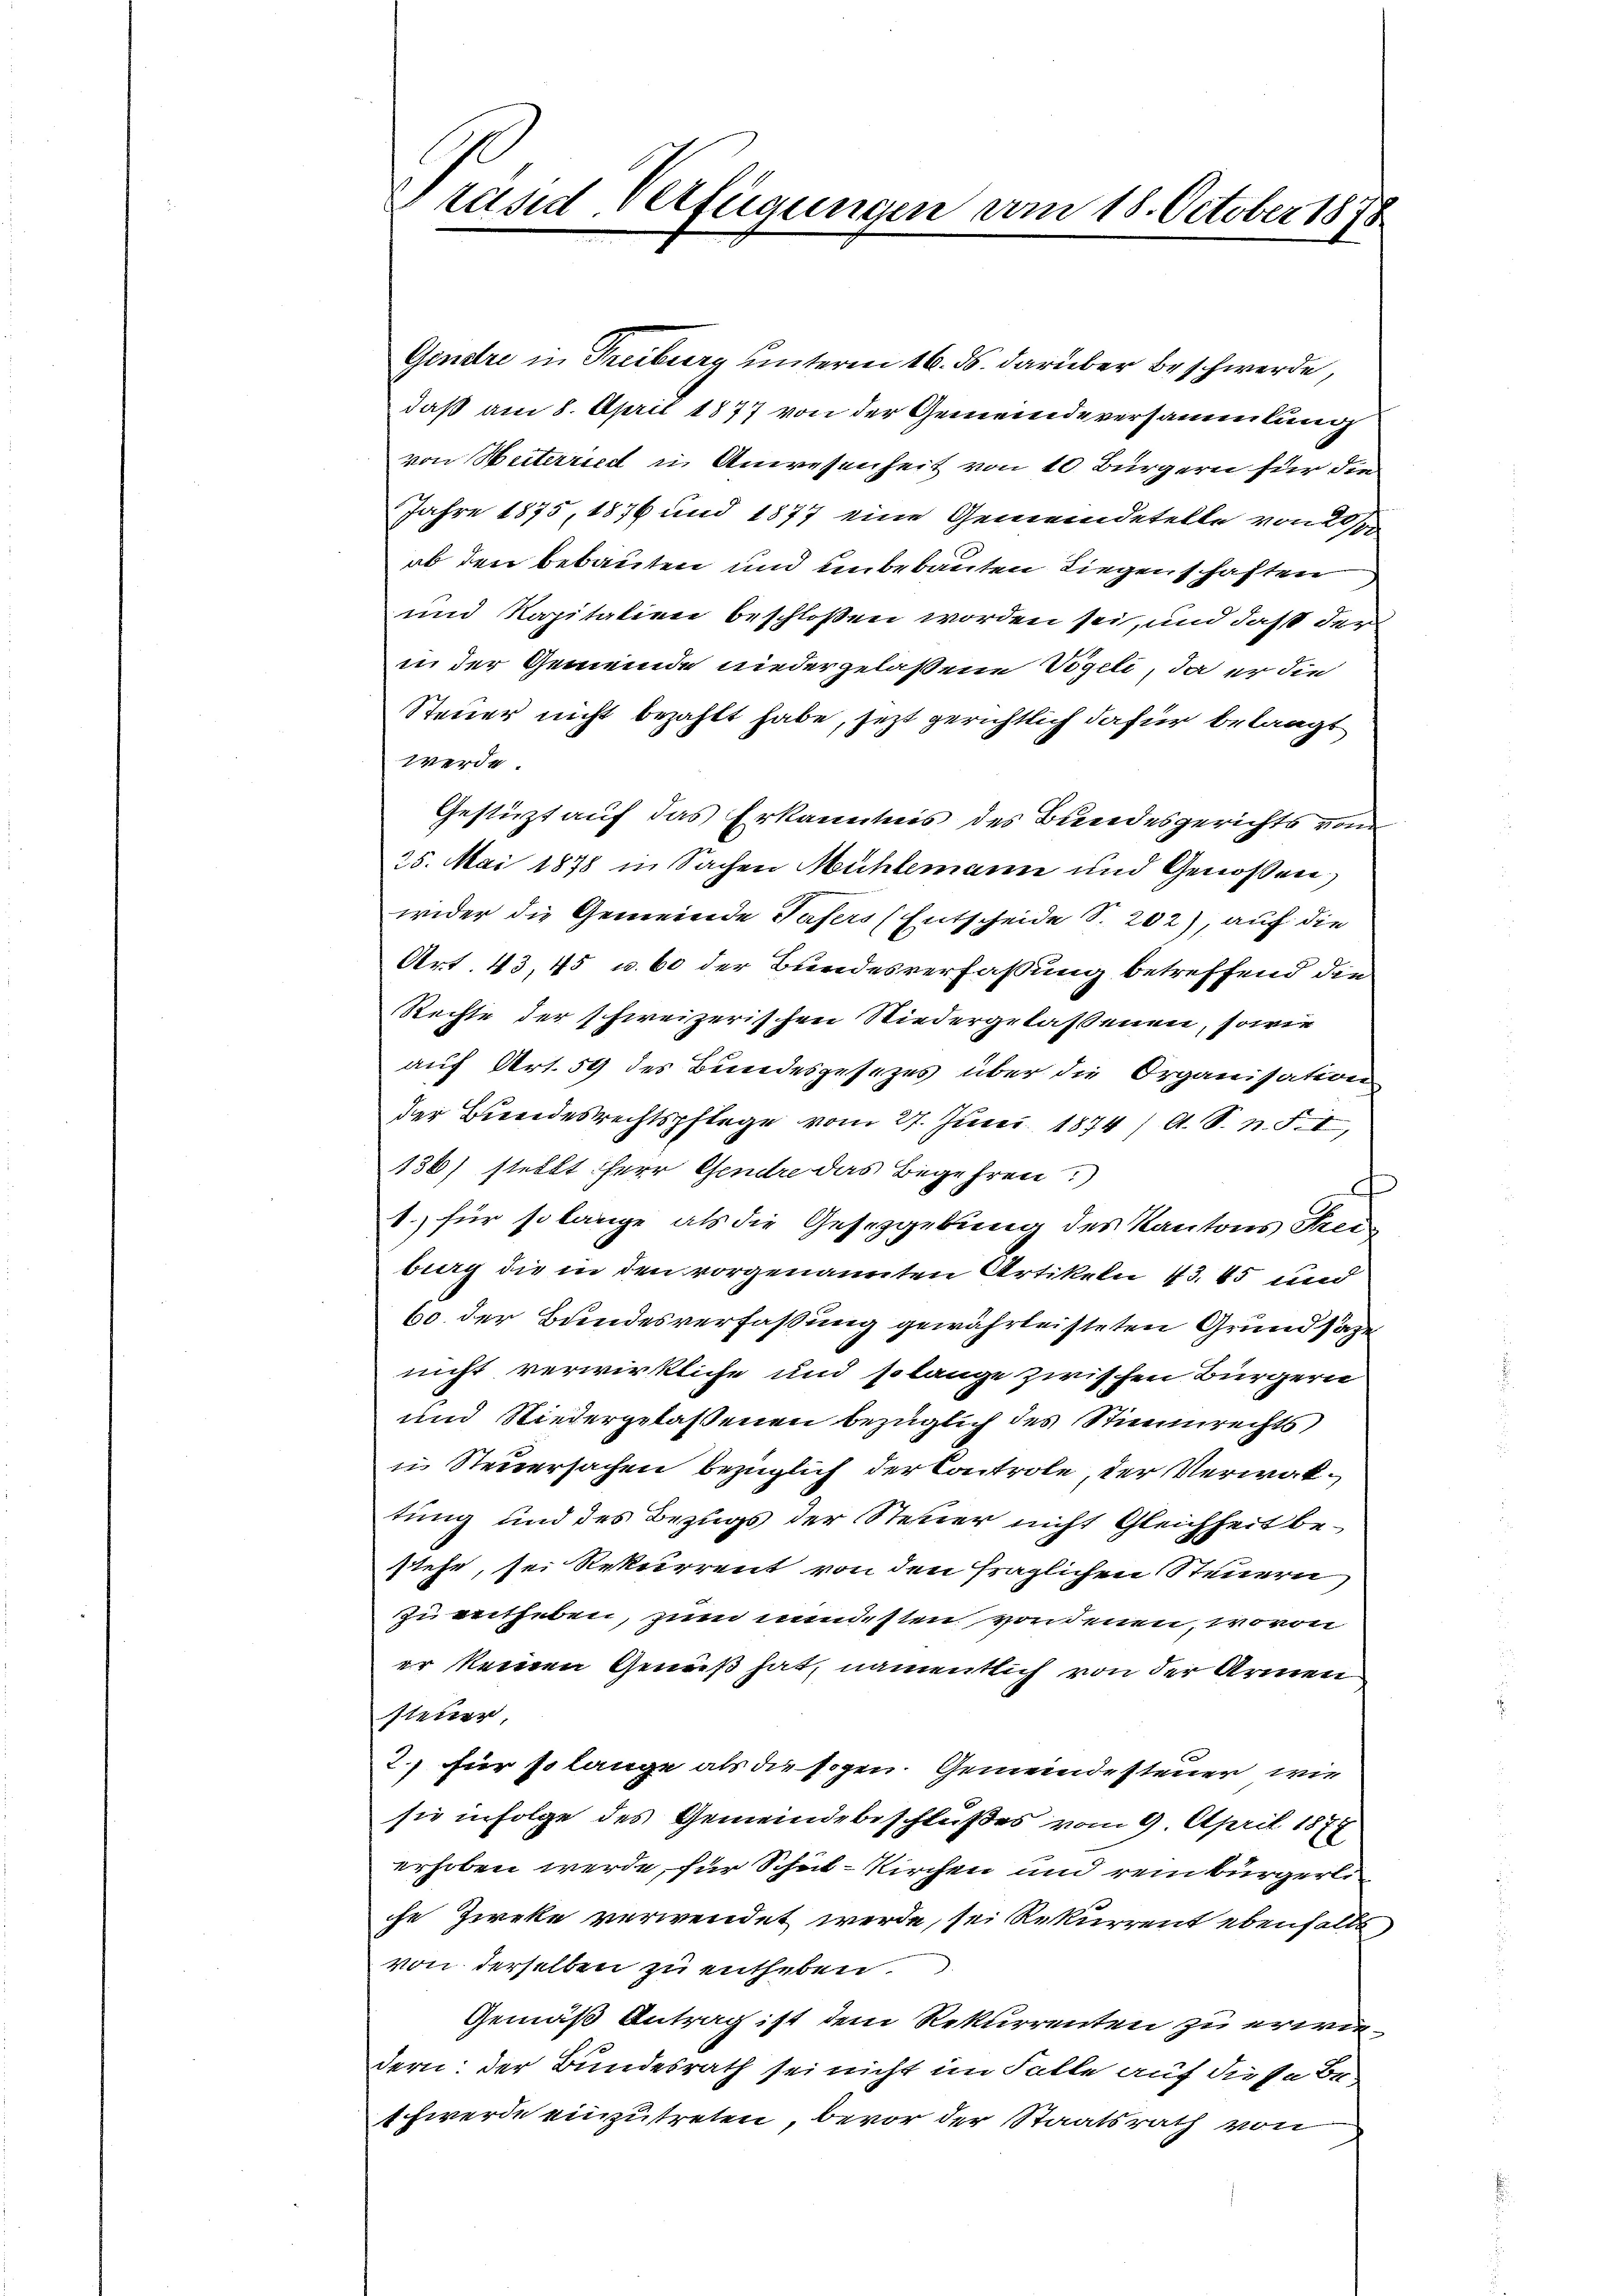
Präsid. Verfügungen vom 18. October 1878

Gendre in Freiburg unterm 16. ds. darüber Beschwerde,
daß am 8. April 1877 von der Gemeindeversammlung
von Seiterried in Anwesenheit von 10 Bürgern für die
Jahre 1875, 1876 und 1877 eine Gemeindetelle von 20/
ob den bebauten und unbebauten Liegenschaften
und Kapitalien beschloßen worden sei, und daß der
in der Gemeinde niedergelaßene Vögeli, da er die
Steuer nicht bezahlt habe, jezt gerichtlich dafür belangt
werde.
Gestüzt auf das Erkanntnis des Bundesgerichts vom
25. Mai 1878 in Sachen Mühlemann und Genossen
wider die Gemeinde Tafers (Entscheide S. 202), auf die
Art. 43, 45 u. 60 der Bundesverfassung betreffend die
Rechte der schweizerischen Niedergelassenen, sowie
auf Art. 59 des Bundesgesezes über die Organisation
der Bindesrechtspflege vom 27. Juni 1874 / A. S. n. F. I,
130/ stellt Herr Gendre das Begehren)
C
1. für so lange als die Gesezgebung des Kantons Frei-
burg die in den vorgenannten Artikeln 43. 45 und
60 der Bundesverfassung gewährleisteten Grundsaze
nicht verwirkliche und solange zwischen Bürgern
und Niedergelassenen bezüglich des Stimmrechts
in Steuersachen bezüglich der Controle, der Verwaltung und des Bezugs der Steuer nicht Gleichheit bestehe, sei Rekurrent von den fraglichen Steuern
zu entheben, zum mundsten vordenen, wovon
er keinen Genes hat, namentlich von der Armen
steuer,
2.) für so lange als die sogen. Gemeindesteuer, wie
sie infolge des Gemeindebeschlußes vom 9. April 1878
erhoben werde, für Schul-Kirchen und reinbürgerli
che Zieke verwendet werde, sei Rekurrent ebenfalls
von derselben zu entheben.
Gemäß Antrag ist dem Rekurrenten zu erwiedern der Bundesrath sei nicht im Falle auf diese Be-
thwerde einzutreten, bevor der Staatsrath von